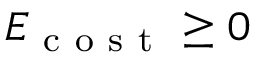
E _ { \mathrm { ~ c ~ o ~ s ~ t ~ } } \ge 0